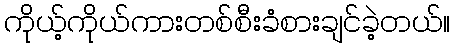
ကိုယ့်ကိုယ်ကားတစ်စီးခံစားချင်ခဲ့တယ်။